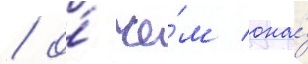
/ о́ че́м она́